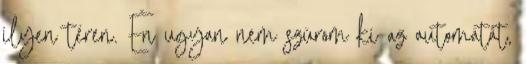
ilyen téren. Én ugyan nem szúrom ki az automatát,